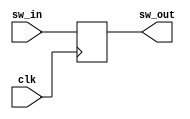


module push_button_driver(
    input clk,
    input [2:0] sw_in,
    output reg [2:0] sw_out
);



always @ (posedge clk) begin

        sw_out <= sw_in;

end

endmodule // push_button_driver